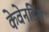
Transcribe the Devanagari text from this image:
केवेनडिश